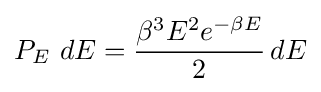
P_{E}~dE={\frac {\beta ^{3}E^{2}e^{-\beta E}}{2}}\,dE